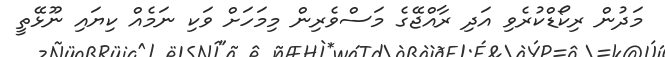
މަދުން ރިކޯޑްކުރެވި އަދި ރާއްޖޭގެ މަސްވެރިން މިމަހަށް ވަކި ނަމެއް ކިޔައި ނޫޅޭތީ